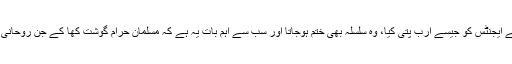
اس انڈسٹری کے بَل پر انہوں نے مسلم ممالک میں اپنے ایجنٹس کو جیسے ارب پتی کیا، وہ سلسلہ بھی ختم ہوجاتا اور سب سے اہم بات یہ ہے کہ مسلمان حرام گوشت کھا کے جن روحانی امراض کا شکار ہو رہے ہیں اس سے نجات مل جاتی۔